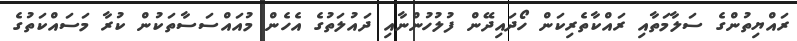
ރައްޔިތުންގެ ސަލާމަތާއި ރައްކާތެރިކަން ހޯދައިދޭން ފުލުހުންނާއި ދައުލަތުގެ އެހެން މުއައްސަސާތަކުން ކުރާ މަސައްކަތުގެ